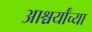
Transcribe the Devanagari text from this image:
आश्चर्यांच्या